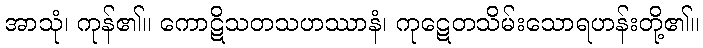
အာသုံ၊ ကုန်၏။ ကောဋိသတသဟဿာနံ၊ ကုဋေတသိမ်းသောရဟန်းတို့၏။